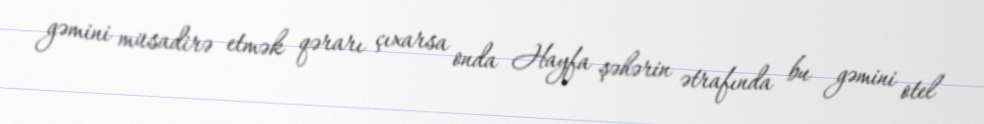
gəmini müsadirə etmək qərarı çıxarsa onda Hayfa şəhərin ətrafında bu gəmini otel